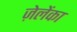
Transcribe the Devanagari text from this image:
ज़ेलेंका